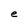
Character: e